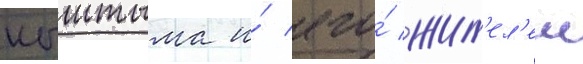
кыштыма и́ его́ жит'ел'еи